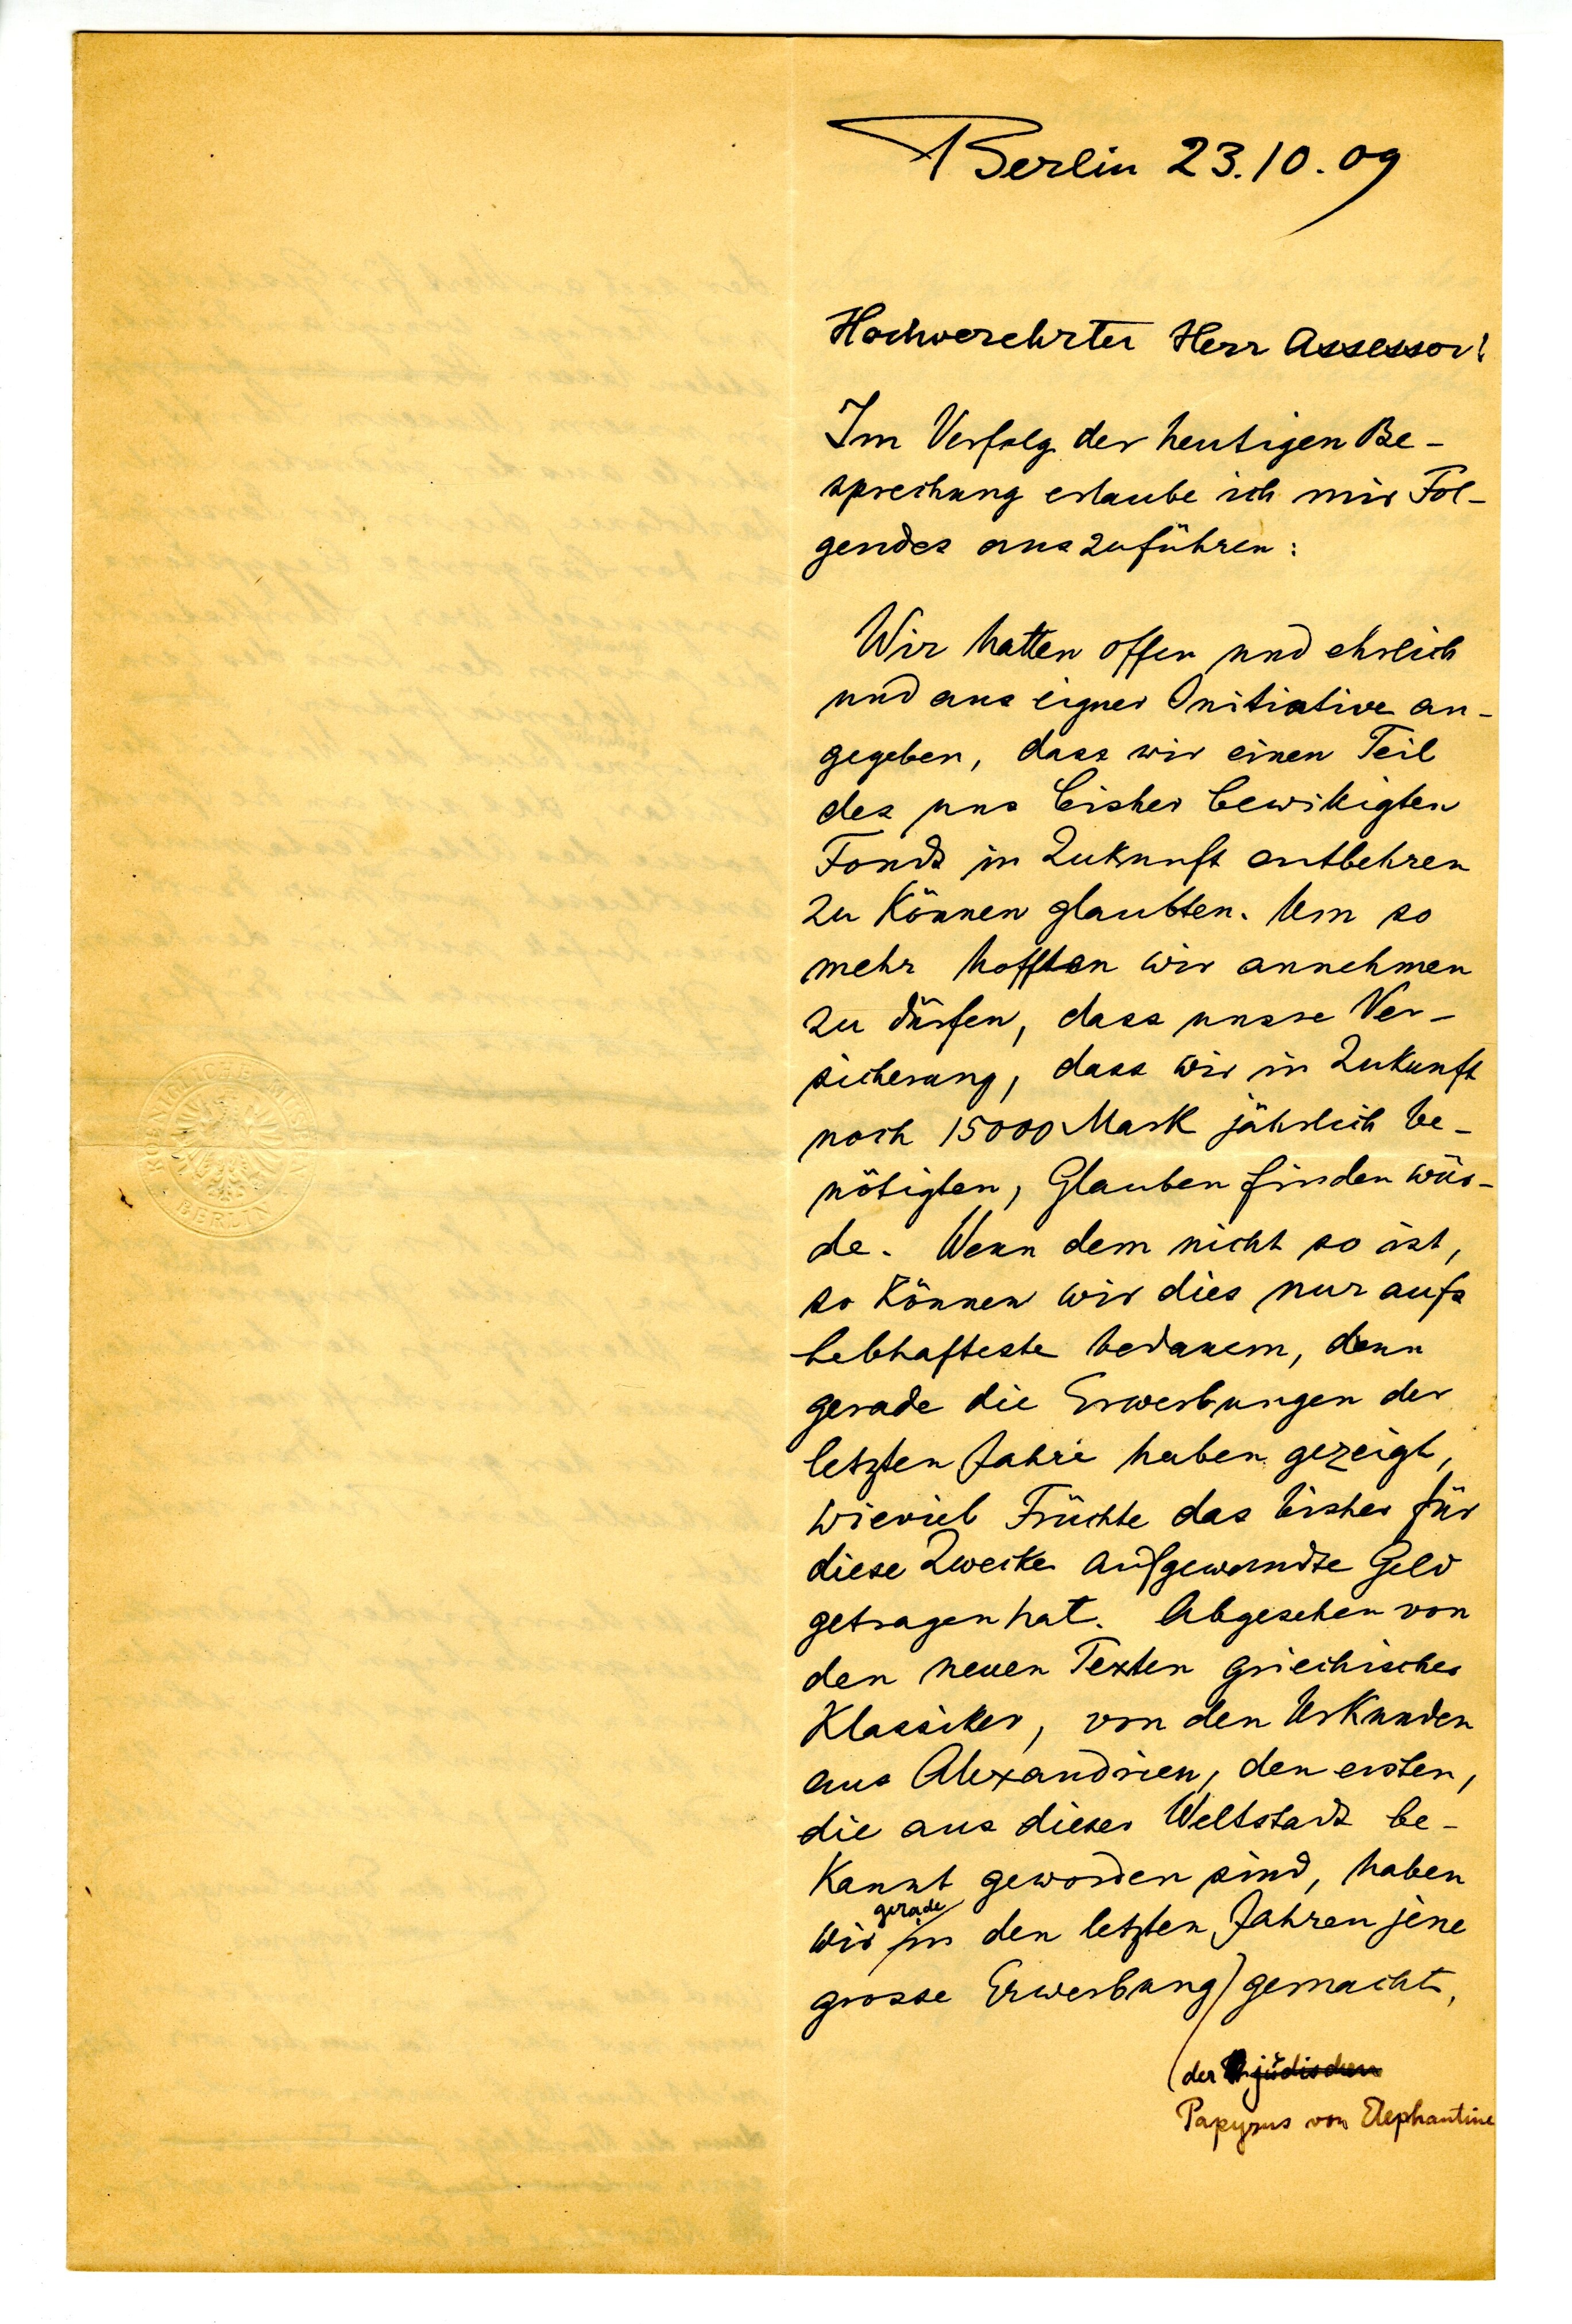
Berlin 23.10.09
Hochverehrter Herr Assessor!
Im Verfolg der heutigen Be¬
spechung erlaube ich mir Fol¬
gendes anzuführen:
Wir hatten offen und ehrlich
und aus eigener Initiative an¬
gegeben, dass wir einen Teil
des uns bisher bewilligten
Fonds in Zukunft entbehren
zu können glaubten. Um so
mehr hofften wir annehmen
zu dürfen, dass unsre Ver¬
sicherung, dass wir in Zukunft
noch 15000 Mark jährlich be¬
nötigten, Glauben finden wür¬
de. Wenn dem nicht so ist,
so können wir dies nur aufs
lebhafteste bedauern, denn
gerade die Erwerbungen der
letzten Jahre haben gezeigt,
wieviel Früchte das bisher für
diese Zwecke aufgewendete Geld
getragen hat. Abgesehen von
den neuen Texten griechischer
Klassiker, von den Urkunden
aus Alexandrien, den ersten,
die aus dieser Weltstadt be¬
kannt geworden sind, haben
gerade
wir in den letzten Jahren jene
grosse Erwerbung gemacht,
der
Papyrus von Elephantine